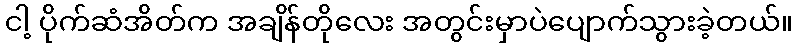
ငါ့ ပိုက်ဆံအိတ်က အချိန်တိုလေး အတွင်းမှာပဲပျောက်သွားခဲ့တယ်။